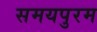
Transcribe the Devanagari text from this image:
समयपुरम